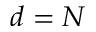
d = N